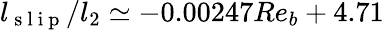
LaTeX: l_{\mathrm{~s~l~i~p~}}/l_{2}\simeq-0.00247Re_{b}+4.71